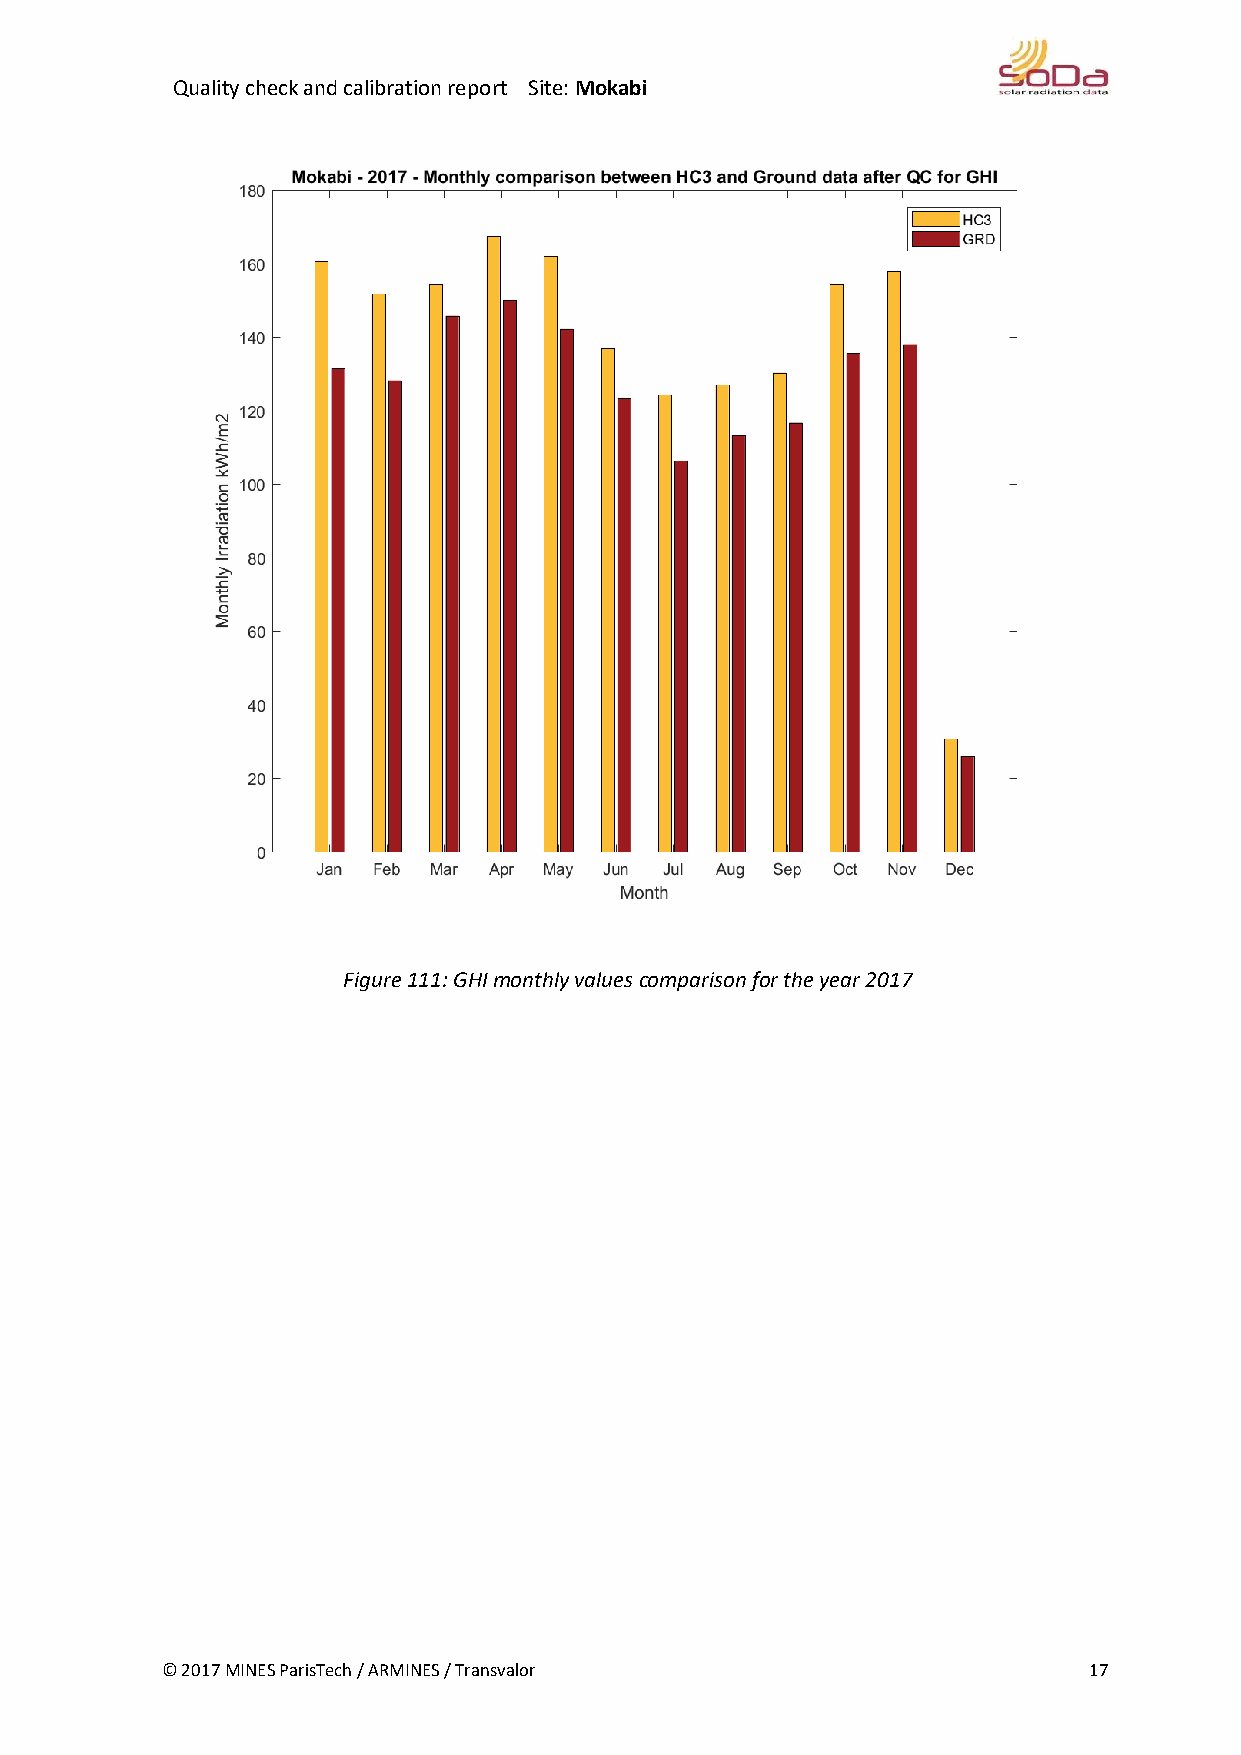
Quality check and calibration report Site: Mokabi
 Figure 111: GHI monthly values comparison for the year 2017
 © 2017 MINES ParisTech / ARMINES / Transvalor                17